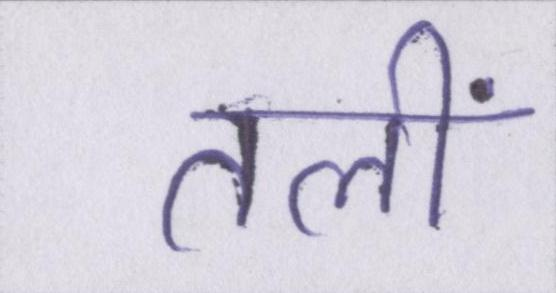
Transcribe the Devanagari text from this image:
तलीं